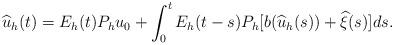
LaTeX: \begin{align*}\widehat{u}_h(t)=E_h(t)P_h u_0+\int_0^t E_h(t-s)P_h[b(\widehat{u}_h(s))+\widehat{\xi}(s)]ds.\end{align*}